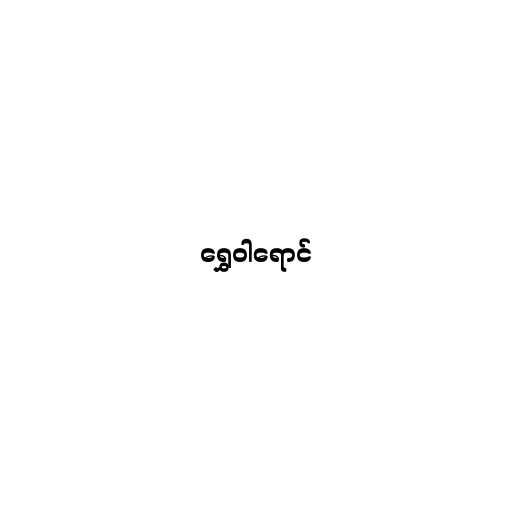
ရွှေဝါရောင်